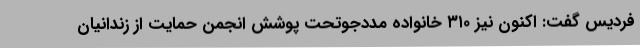
فردیس گفت: اکنون نیز ۳۱۰ خانواده مددجوتحت پوشش انجمن حمایت از زندانیان